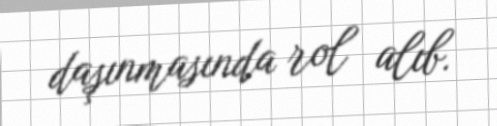
daşınmasında rol alıb.